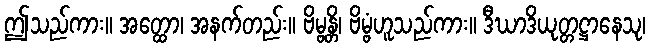
ဤသည်ကား။ အတ္ထော၊ အနက်တည်း။ ဗိမ္ဗန္တိ၊ ဗိမ္ဗံဟူသည်ကား။ ဒီဃာဒိယုတ္တဋ္ဌာနေသု၊